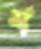
শ